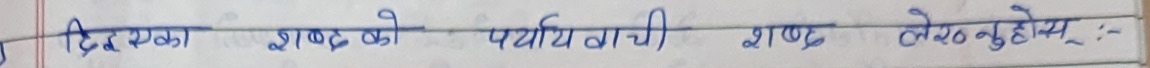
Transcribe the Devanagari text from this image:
दिया गया शब्द को पर्यायवाची शब्द लेख्नुहोस् :-